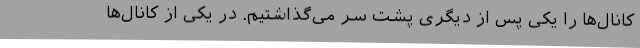
کانال‌ها را یکی پس از دیگری پشت سر می‌گذاشتیم. در یکی از کانال‌ها